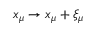
x _ { \mu } \to x _ { \mu } + \xi _ { \mu }